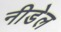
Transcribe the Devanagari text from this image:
नीडेल